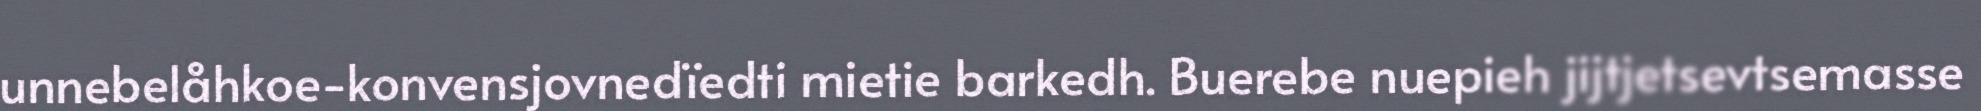
unnebelåhkoe-konvensjovnedïedti mietie barkedh. Buerebe nuepieh jijtjetsevtsemasse